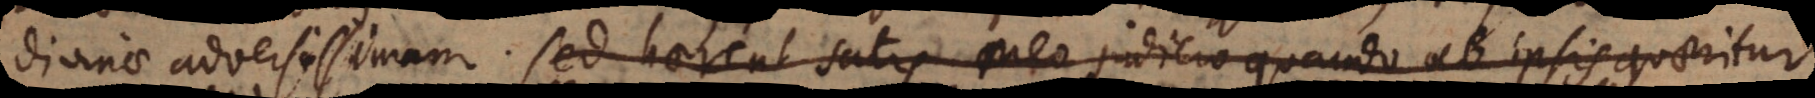
divinae adversissimam. Sed haerent satis meo judicio quando ab ipsis quaeritur